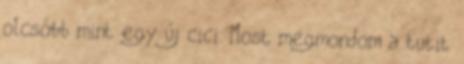
olcsóbb mint egy új cici. Most megmondom a tutit